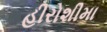
હીરોશીમા